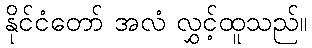
နိုင်ငံတော် အလံ လွှင့်ထူသည်။